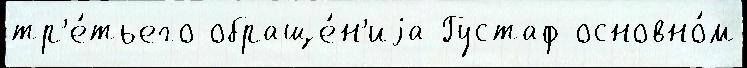
тр'е́тьего обраще́н'иjа Густаф основно́м